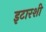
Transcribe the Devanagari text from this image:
इटारशी